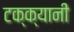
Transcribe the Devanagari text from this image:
टक्क्यानी